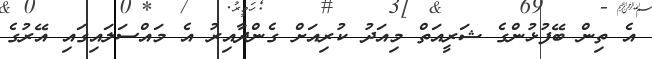
އެ ތިން ބޭފުޅުންގެ ޝަރީއަތް މިއަދު ކުރިއަށް ގެންދާއިރު އެ މައްސަލައިގައި އޭރުގެ